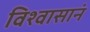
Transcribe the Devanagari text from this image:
विश्वासानं